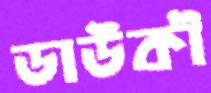
ডাউকী